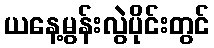
ယနေ့မွန်းလွဲပိုင်းတွင်